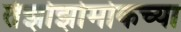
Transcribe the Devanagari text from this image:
तेझोझोमोकच्या